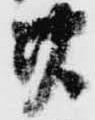
廿